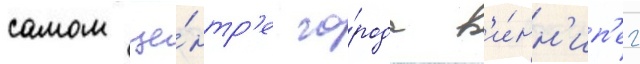
самом це́нтр'е го́рода в'и́нн'ип'ег